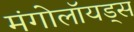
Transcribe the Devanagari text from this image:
मंगोलॉयड्स